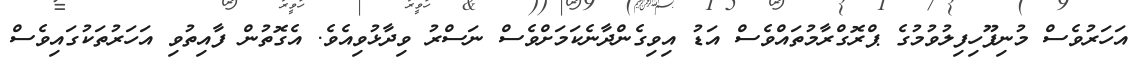
އަހަރުވެސް މުނިފޫހިފިލުވުމުގެ ޕްރޮގްރާމުތައްވެސް އަޑު އިވިގެންދާނެކަމަށްވެސް ނަސްރު ވިދާޅުވިއެވެ. އެގޮތުން ފާއިތުވި އަހަރުތަކުގައިވެސް